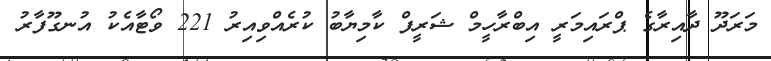
މަރަދޫ ދާއިރާގެ ޕްރައިމަރީ އިބްރާހީމް ޝަރީފް ކާމިޔާބު ކުރެއްވިއިރު 221 ވޯޓާއެކު އުނގޫފާރު